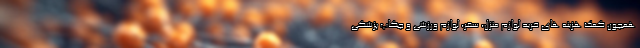
همچون کمک هزینه های خرید لوازم منزل، سفر، لوازم ورزشی و چکاپ پزشکی